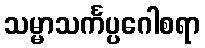
သမ္မာသင်္ကပ္ပဂေါစရာ